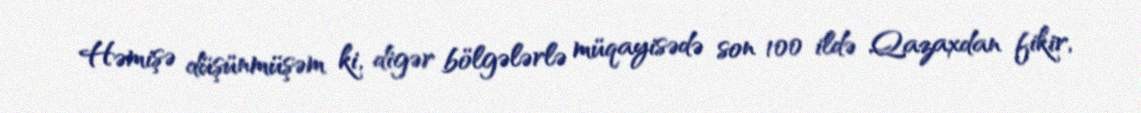
Həmişə düşünmüşəm ki, digər bölgələrlə müqayisədə son 100 ildə Qazaxdan fikir,